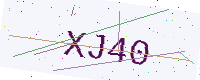
Text: XJ40